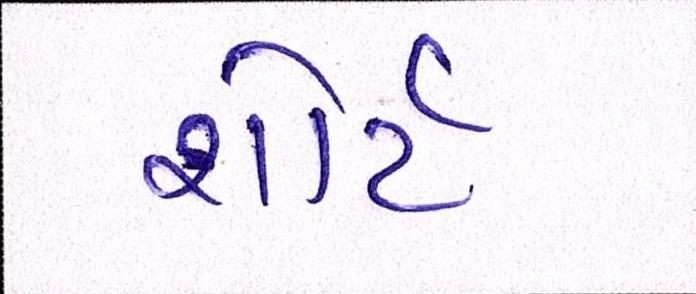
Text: શોર્ટ